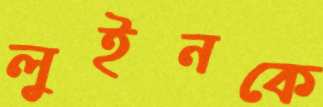
লুইনকে